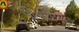
પીપરીયા